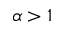
\alpha > 1